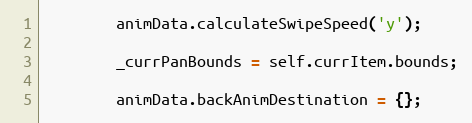
Language: JavaScript
		animData.calculateSwipeSpeed('y');

		_currPanBounds = self.currItem.bounds;

		animData.backAnimDestination = {};